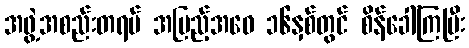
အဖွဲ့အစည်းတရပ် အပြည့်အဝေ ၁၆နှစ်တွင် စိန်ခေါ်ကြပြီး